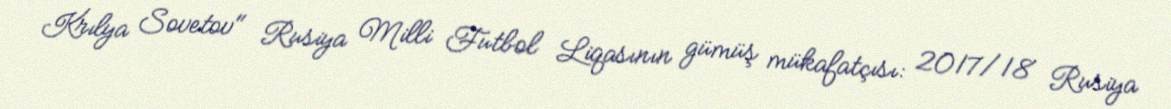
Krılya Sovetov" Rusiya Milli Futbol Liqasının gümüş mükafatçısı: 2017/18 Rusiya